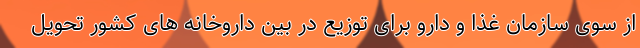
از سوی سازمان غذا و دارو برای توزیع در بین داروخانه های کشور تحویل